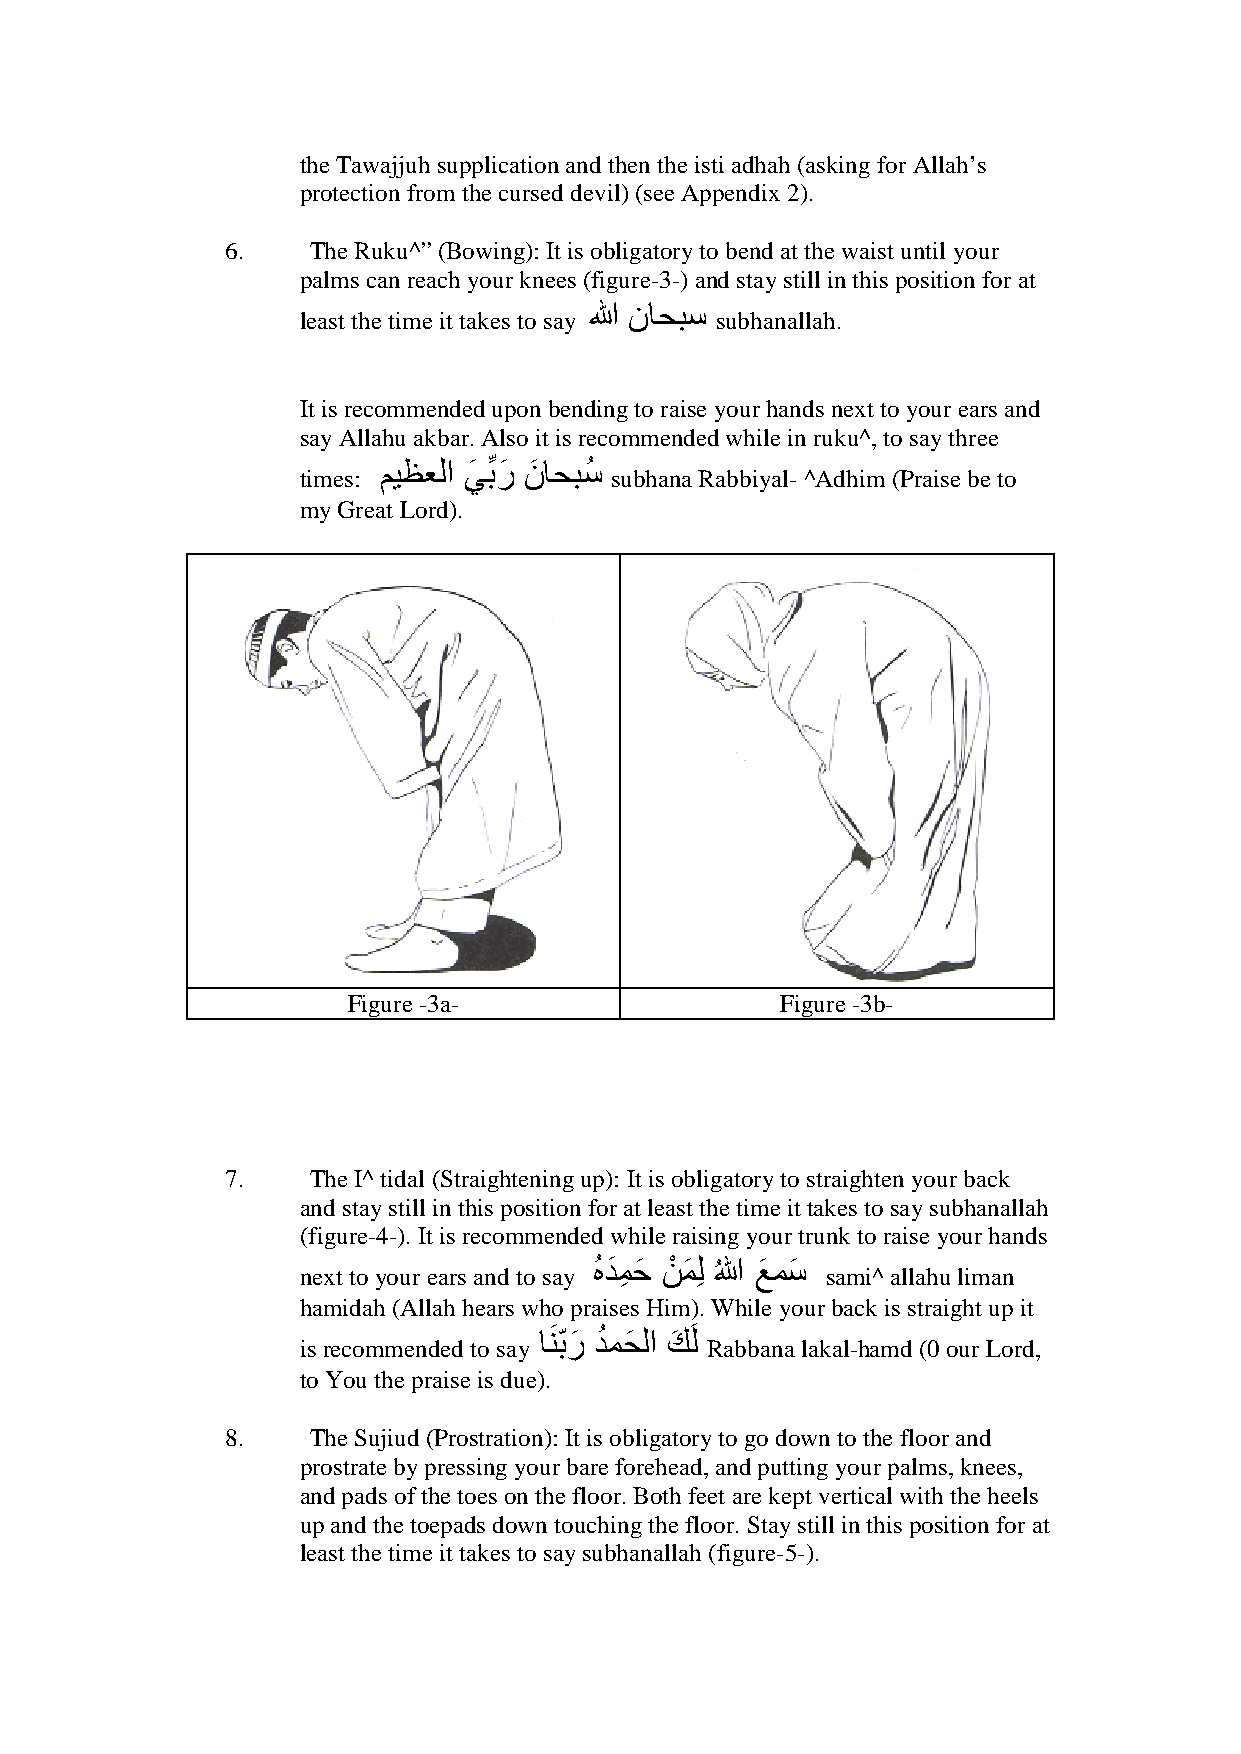
the Tawajjuh supplication and then the isti adhah (asking for Allah’s
 protection from the cursed devil) (see Appendix 2).
 6.    The Ruku^” (Bowing): It is obligatory to bend at the waist until your
 palms can reach your knees (figure-3-) and stay still in this position for at
 least the time it takes to say ﷲ ﻥﺎﺣﺑﺳ subhanallah.
 It is recommended upon bending to raise your hands next to your ears and
 say Allahu akbar. Also it is recommended while in ruku^, to say three
 times: ﻡﻳﻅﻌﻟﺍ ﻲَ ﺑﱢ ﺭَ ﻥَ ﺎﺣﺑﺳُ subhana Rabbiyal- ^Adhim (Praise be to
 my Great Lord).
 Figure -3a-                  Figure -3b-
 7.    The I^ tidal (Straightening up): It is obligatory to straighten your back
 and stay still in this position for at least the time it takes to say subhanallah
 (figure-4-). It is recommended while raising your trunk to raise your hands
 next to your ears and to say ُﻩﺩَ ﻣِ ﺣَ ﻥْ ﻣَ ِﻟ ُﷲ ﻊَ ﻣﺳَ sami^ allahu liman
 hamidah (Allah hears who praises Him). While your back is straight up it
 is recommended to say ﺎﻧَ ﺑّ ﺭَ ﺩُ ﻣﺣَ ﻟﺍ ﻙَ َﻟ Rabbana lakal-hamd (0 our Lord,
 to You the praise is due).
 8.    The Sujiud (Prostration): It is obligatory to go down to the floor and
 prostrate by pressing your bare forehead, and putting your palms, knees,
 and pads of the toes on the floor. Both feet are kept vertical with the heels
 up and the toepads down touching the floor. Stay still in this position for at
 least the time it takes to say subhanallah (figure-5-).